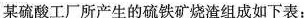
某硫酸工厂所产生的硫铁矿烧渣组成如下表：